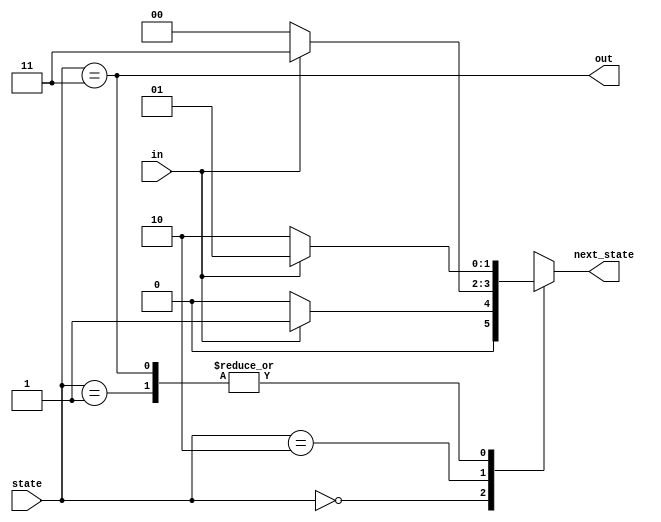
module top_module(
    input in,
    input [1:0] state,
    output reg [1:0] next_state,
    output out
); //

    parameter A=0, B=1, C=2, D=3;

    // State transition logic: next_state = f(state, in)
    always @(*) begin
        case(state)
            A: next_state = in ? B : A;
            B: next_state = in ? B : C;
            C: next_state = in ? D : A;
            D: next_state = in ? B : C;
            default: next_state = A;
        endcase
    end

    // Output logic:  out = f(state) for a Moore state machine
    assign out = state == D;

endmodule